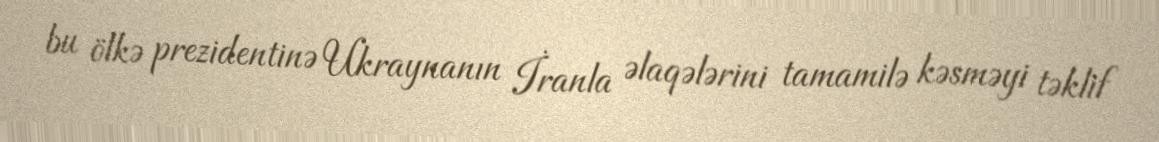
bu ölkə prezidentinə Ukraynanın İranla əlaqələrini tamamilə kəsməyi təklif